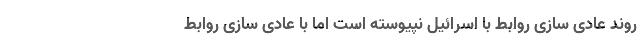
روند عادی سازی روابط با اسرائیل نپیوسته است اما با عادی سازی روابط